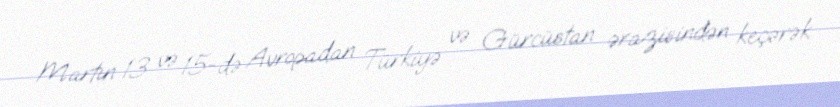
Martın 13 və 15-də Avropadan Türkiyə və Gürcüstan ərazisindən keçərək